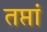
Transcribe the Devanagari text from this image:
तप्तां